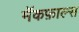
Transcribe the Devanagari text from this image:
मॅकफ़ाल्स